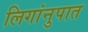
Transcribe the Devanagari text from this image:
लिगांनुपात